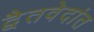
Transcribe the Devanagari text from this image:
द्वैतवेदांत